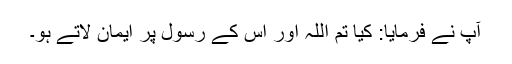
آپؐ نے فرمایا: کیا تم اللہ اور اس کے رسولؐ پر ایمان لاتے ہو۔